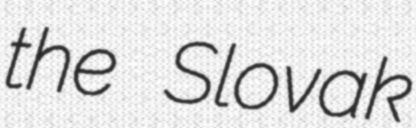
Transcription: the Slovak